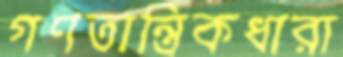
গণতান্ত্রিকধারা